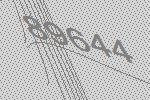
89644